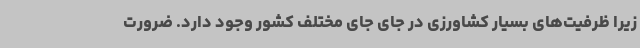
زیرا ظرفیت‌های بسیار کشاورزی در جای جای مختلف کشور وجود دارد. ضرورت